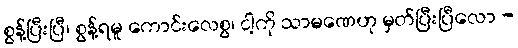
စွန့်ပြီးပြီ၊ စွန့်ရမူ ကောင်းလေစွ၊ ငါ့ကို သာမဏေဟု မှတ်ပြီးပြီလော -